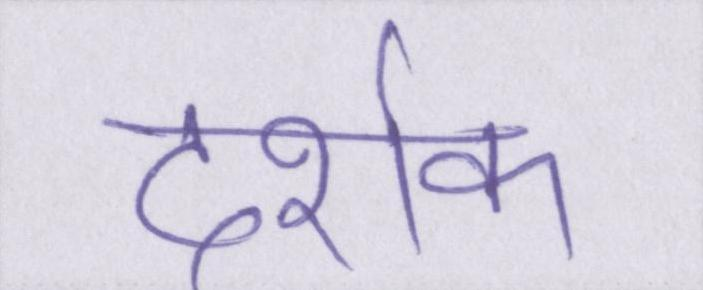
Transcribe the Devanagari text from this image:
दर्शक